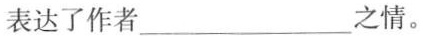
表达了作者___之情。